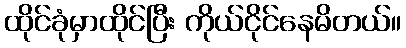
ထိုင်ခုံမှာထိုင်ပြီး ကိုယ်ငိုင်နေမိတယ်။